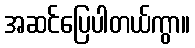
အဆင်ပြေပါတယ်ကွာ။